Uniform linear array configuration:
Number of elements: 12
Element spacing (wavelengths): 1
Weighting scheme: uniform
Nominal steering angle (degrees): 15
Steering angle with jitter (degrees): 16.141
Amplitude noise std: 0.05
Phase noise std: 0.05

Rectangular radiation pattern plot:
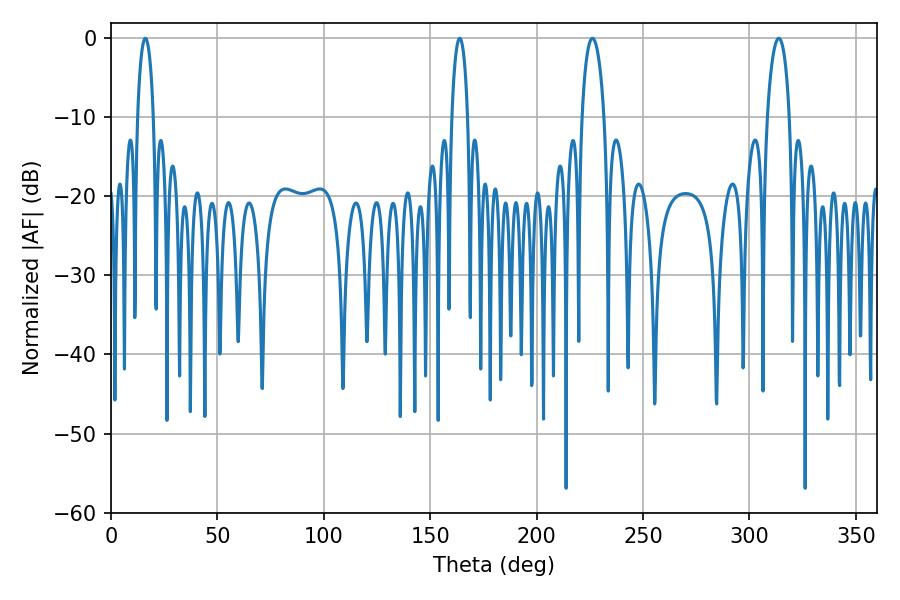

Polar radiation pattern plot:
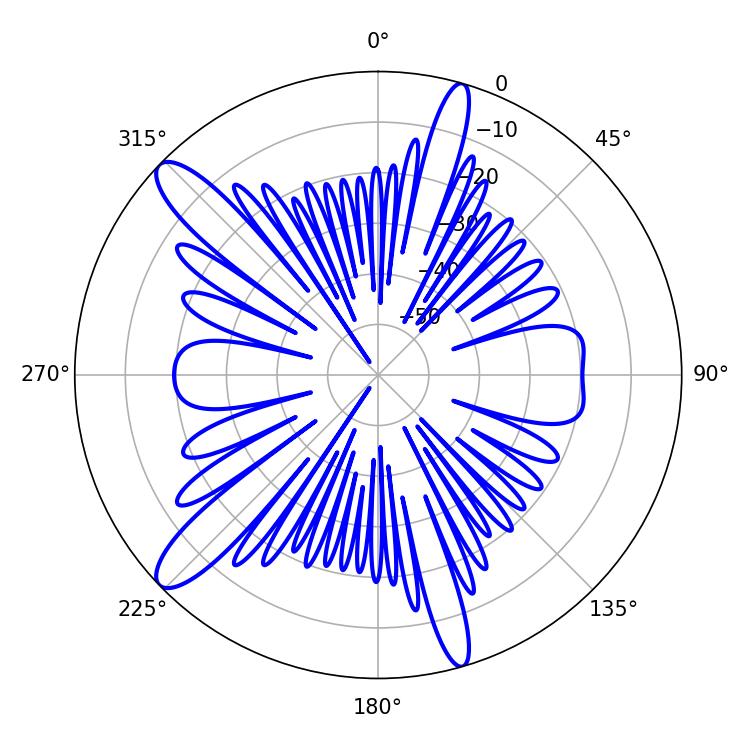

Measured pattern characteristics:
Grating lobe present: TRUE
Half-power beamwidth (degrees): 5.94
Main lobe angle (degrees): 226.26